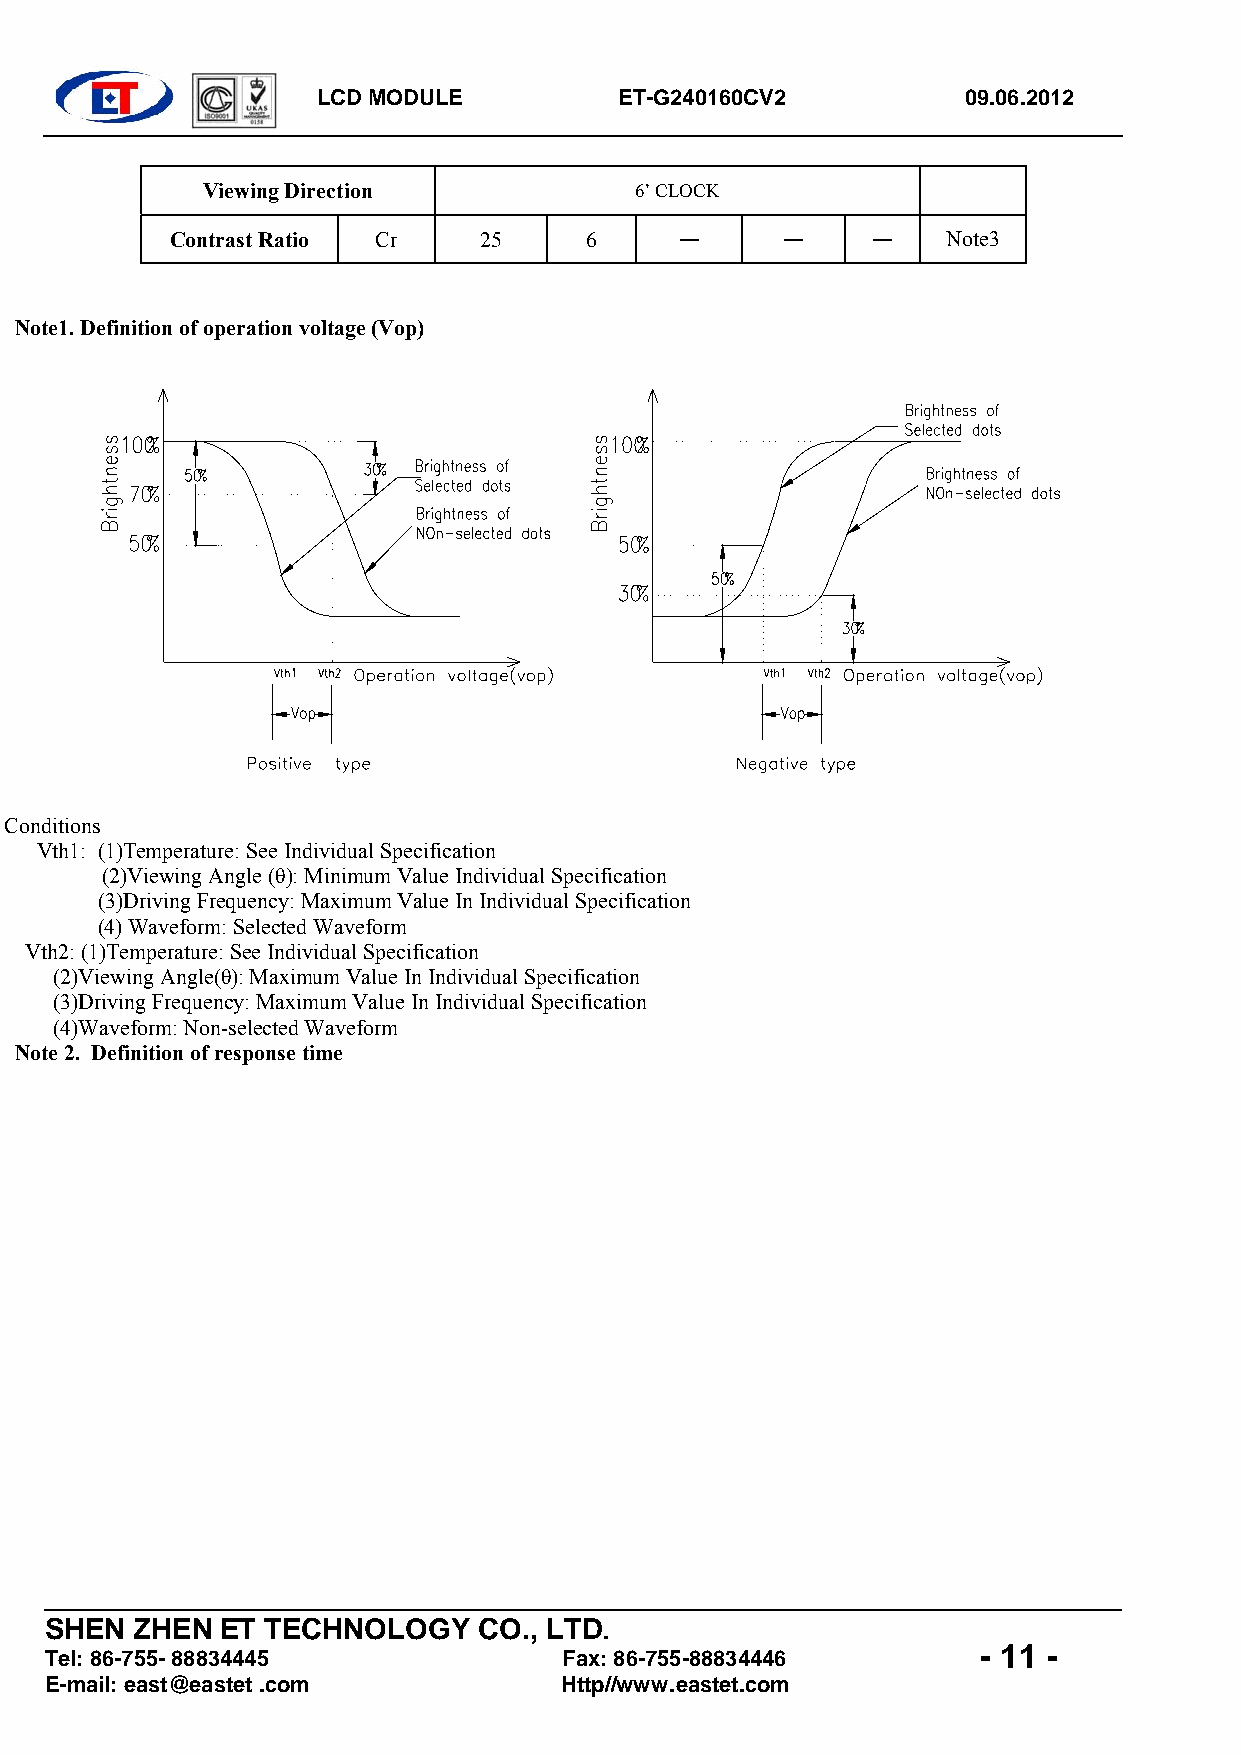
LCD MODULE          ET-G240160CV2          09.06.2012
 Viewing Direction            6’ CLOCK
 Contrast Ratio Cr    25     6     —      —     —    Note3
 Note1. Definition of operation voltage (Vop)
 Conditions
 Vth1: (1)Temperature: See Individual Specification
 (2)Viewing Angle (θ): Minimum Value Individual Specification
 (3)Driving Frequency: Maximum Value In Individual Specification
 (4) Waveform: Selected Waveform
 Vth2: (1)Temperature: See Individual Specification
 (2)Viewing Angle(θ): Maximum Value In Individual Specification
 (3)Driving Frequency: Maximum Value In Individual Specification
 (4)Waveform: Non-selected Waveform
 Note 2. Definition of response time
 SHEN  ZHEN  ET TECHNOLOGY    CO., LTD.
 - 11 -
 Tel: 86-755- 88834445             Fax: 86-755-88834446
 E-mail: east@eastet .com          Http//www.eastet.com